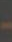
-